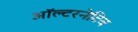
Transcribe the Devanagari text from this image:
ऑल्‍टरनेटिव